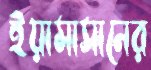
ইয়ামাসানের